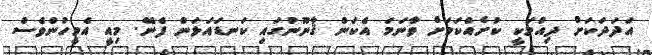
އަދަދަކަށް ދިއުމަކީ ކުށެއްކަމަށް ވާނަމަ އެކަން ޤާނޫނުގައި ކަނޑައަޅަން ފެނޭ. މިއީ އެމީހުންވެސް